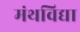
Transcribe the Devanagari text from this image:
मंथविद्या